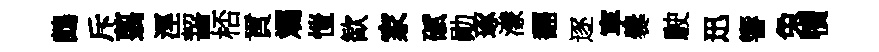
鷓斥翦涇齧桮貢斕愷歓家碔勛琢濛翻逐寕爨駛迅響兔犢